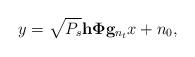
LaTeX: \begin{align*}y=\sqrt{P_s}\mathbf{h}\boldsymbol{\Phi}\mathbf{g}_{n_t}x + n_0,\end{align*}